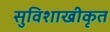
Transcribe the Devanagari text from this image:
सुविशाखीकृत